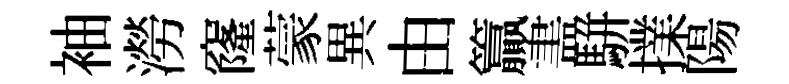
袖澇窿蒙異由籯𥁞駢擈陽